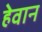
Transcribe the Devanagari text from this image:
हेवान